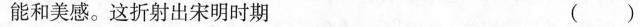
能和美感。这折射出宋明时期 ( )